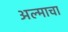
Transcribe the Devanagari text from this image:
अल्माचा